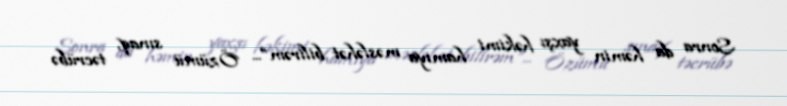
Sonra da həmin yaxşı həkimi hamıya məsləhət bilirəm”... Özümü sınaq, təcrübə